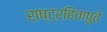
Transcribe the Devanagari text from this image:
राष्ट्रहितापुढे